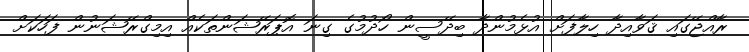
ރާއްޖޭގައި ޤަވާއިދާ ހިލާފަށް އުޅެމުންދާ ބިދޭސީން ހޯދުމުގެ ގިނަ އޮޕަރޭޝަންތަކެއް އިމިގްރޭޝަނުން ފަހަކަށް